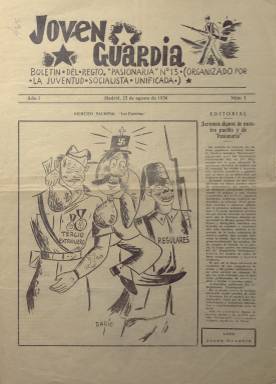
Título: Joven guardia
Colección: Guerra civil || Periódicos
Ámbito geográfico: Madrid
Lugar de publicación: Madrid
Fechas: 23/08/1936-08/10/1936

Comenzó a publicarse diariamente el 23 de agosto de 1936, con la indicación o subtítulo en su cabecera: “boletín del Regto. ‘Pasionaria’ Nº 13 (organizado por la Juventud Socialista Unificada)”. En su primer editorial indica que, precisamente, ese día el Batallón Pasionaria se había transformado en regimiento “por la gran afluencia de milicianos dispuestos a batirse con el enemigo”. Dicho batallón había sido organizado por las Juventudes Socialistas Unificadas (JSU) de Madrid, al margen del Quinto Regimiento de Milicias Populares. El denominado Regimiento número 13, fue formado por Segismundo Álvarez, procedente de las Juventudes Comunistas y secretario de Organización de las JSU. Este llegaría a estar formado por el citado Batallón Pasionaria y los denominados batallones Joven Guardia, Veinte de Julio y Destacamento Legazpi, pudiendo llegar a tener hasta un quinto batallón. En octubre de ese año 1936, el Pasionaria llegó a estar integrado por 2.233 jóvenes milicianos que combatieron en los frentes de batalla. Su “bautismo de sangre” sería en Peguerinos (Ávila), e intervienen, entre otros, en los de Sigüenza (Guadalajara), Talavera (Toledo), sur de Aragón, o en el sector madrileño de Usera, junto a la Columna Bueno. Contó con gabinetes técnicos y cinematográfico y biblioteca, y el conocido humorista y dibujante Miguel Gila (1919-2001) afirmó haber pertenecido al mismo.

Con el título Joven guardia se publicaron otros periódicos, como el subtitulado “periódico de las Juventudes Comunistas”, entre 1934 y 1935; otro fue “órgano de la Federación de J.S.U. de Euzkadi”, en 1936, y el que llevaría el subtítulo “boletín de información de la Juventud en armas”, a partir de 1937. En este caso, se trata de un periódico de cuatro páginas, compuestas a cuatro columnas, con el pie “Imp. De Radio Sur del P. Comunista y Radio 4 de la J. Unificada”, que aparece sólo indicado en su primer número. En el trabajo de De la Granja y Reig Tapia (1993) sobre la bibliografía de Manuel Tuñón de Lara (1915-1997), se indica que éste fue el director de este diario en el verano de 1936, siendo secretario de Prensa de la Comisión Ejecutiva de Juventudes Socialistas de Madrid, en cuyas páginas llegó a publicar dos artículos sin firma. El secretario general de las JSU de Madrid fue el periodista Felipe Muñoz Arconada (-2003), que también lo sería en la batalla del Ebro.

Como boletín diario, publica editoriales, textos de técnica militar, noticias de los frentes, noticias internacionales, colaboraciones, entre estas algunas de naturaleza literaria, algún reportaje, e información sobre el propio regimiento y de organización de las JSU. Como periódico de los jóvenes milicianos, se encargó de dar información sobre sus intervenciones militares y ofrecer también formación política, al tiempo que les estimulaba en la moral y la conciencia de lucha y victoria. En su primer editorial se escribirá que los milicianos del 13º Regimiento Pasionaria “deben ser modelo de valor, de buen comportamiento y buena conducta”; en el frente, “ante el enemigo miserable, dando pruebas de valor y heroísmo”, y en el cuartel, siendo “disciplinados”, velando por el “orden revolucionario” y preparados “sistemáticamente y concienzudamente para la lucha”. “Sólo así seremos dignos de nuestro pueblo y de nuestra querida ‘Pasionaria’, cuyo nombre estamos orgullosos de llevar”. Los jóvenes combatientes dieron a su batallón y regimiento el nombre de Pasionaria, como homenaje a la dirigente comunista española Dolores Ibárruri (1895-1989), que recibió también el título de “comandante honoraria” del Quinto Regimiento de Milicias Populares.

Además de textos de divulgación, como el titulado Protección contra la observación o el fuego de la aviación, o tener una sección denominada Boletín de guerra, llega también a reproducir ¡Aquí Sevilla!, un texto de Rafael Alberti publicado en El Mono azul, e inserta también eslóganes. Resalta así mismo de esta publicación sus ilustraciones, como son los dibujos firmados por Darío, Clavo, Bardajano y Osés, así como fotografías de milicianos en los frentes, firmadas por Canales Marín. Entre las de algunos de sus textos aparecen los nombres de Augusto Vivero, José Díaz, Matías Sánchez y el citado J. Clavo.

La colección de este título en la Biblioteca Nacional de España no está completa y acaba en la entrega número 37, de ocho de octubre de ese mismo año 1936. La prensa republicana durante la guerra civil española (1936-1939) ha sido estudiada, principalmente, por Mirta Núñez Díaz-Balart (1992).